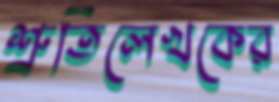
শ্রুতিলেখকের